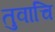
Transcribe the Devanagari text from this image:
तुवाचि